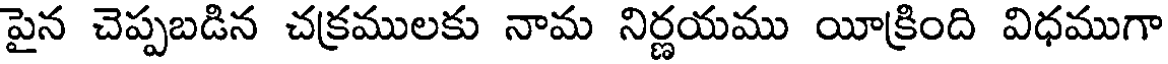
పైన చెప్పబడిన చక్రములకు నామ నిర్ణయము యీక్రింది విధముగా